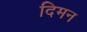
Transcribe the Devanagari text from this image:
दिमन